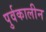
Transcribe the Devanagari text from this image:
पुर्वकालीन